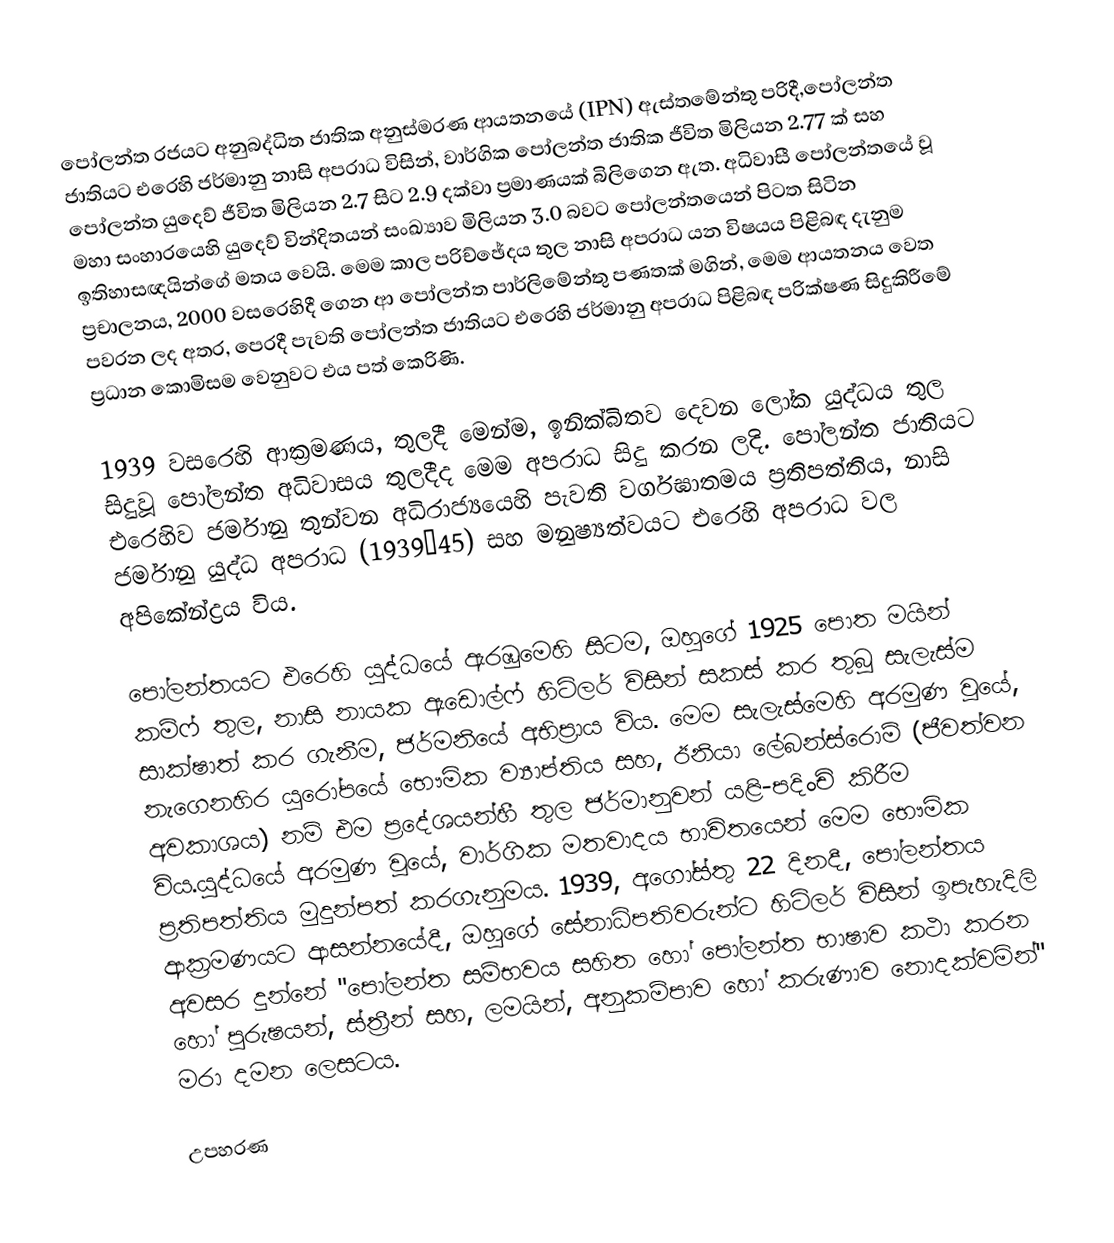
පෝලන්ත රජයට අනුබද්ධිත  ජාතික අනුස්මරණ ආයතනයේ (IPN) ඇස්තමේන්තු පරිදී,පෝලන්ත ජාතියට එරෙහි ජර්මානු නාසි අපරාධ විසින්, වාර්ගික පෝලන්ත ජාතික ජීවිත  මිලියන 2.77 ක්  සහ පෝලන්ත යුදෙව් ජීවිත මිලියන  2.7 සිට 2.9 දක්වා ප්‍රමාණයක් බිලිගෙන ඇත.   අධිවාසී පෝලන්තයේ වූ මහා සංහාරයෙහි යුදෙව් වින්දිතයන් සංඛ්‍යාව මිලියන 3.0 බවට පෝලන්තයෙන් පිටත සිටින ඉතිහාසඥයින්ගේ මතය වෙයි.  මෙම කාල පරිච්ඡේදය තුල නාසි අපරාධ යන විෂයය පිළිබඳ දැනුම ප්‍රචාලනය, 2000 වසරෙහිදී ගෙන ආ පෝලන්ත පාර්ලිමේන්තු පණතක් මගින්, මෙම ආයතනය වෙත පවරන ලද අතර, පෙරදී පැවති පෝලන්ත ජාතියට එරෙහි ජර්මානු අපරාධ පිළිබඳ පරික්ෂණ සිදුකිරීමේ ප්‍රධාන කොමිසම වෙනුවට එය පත් කෙරිණි.

 1939 වසරෙහි ආක්‍රමණය, තුලදී මෙන්ම, ඉනික්බිතව දෙවන ලෝක යුද්ධය තුල සිදුවූ පෝලන්ත අධිවාසය තුලදීද මෙම අපරාධ සිදු කරන ලදි. පෝලන්ත ජාතියට එරෙහිව  ජර්මානු  තුන්වන අධිරාජ්‍යයෙහි පැවති වර්ගඝාතමය ප්‍රතිපත්තිය,  නාසි ජර්මානු යුද්ධ අපරාධ (1939–45) සහ මනුෂ්‍යත්වයට එරෙහි අපරාධ වල අපිකේන්ද්‍රය විය.

පෝලන්තයට එරෙහි යුද්ධයේ ඇරඹුමෙහි සිටම, ඔහුගේ 1925 පොත මයින් කම්ෆ් තුල, නාසි නායක ඇඩොල්ෆ් හිට්ලර් විසින් සකස් කර තුබූ සැලැස්ම සාක්ෂාත් කර ගැනීම, ජර්මනියේ අභිප්‍රාය විය. මෙම සැලැස්මෙහි අරමුණ වූයේ, නැගෙනහිර යුරෝපයේ භෞමික ව්‍යාප්තිය සහ, ඊනියා  ලේබන්ස්රොම් (ජීවත්වන අවකාශය) නම් එම ප්‍රදේශයන්හී තුල ජර්මානුවන් යළි-පදිංචි කිරීම විය.යුද්ධයේ අරමුණ වූයේ, වාර්ගික මතවාදය භාවිතයෙන් මෙම භෞමික ප්‍රතිපත්තිය මුදුන්පත් කරගැනුමය.   1939, අගෝස්තු 22 දිනදී, පෝලන්තය ආක්‍රමණයට ආසන්නයේදී, ඔහුගේ සේනාධිපතිවරුන්ට හිට්ලර් විසින් ඉපැහැදිලි අවසර දුන්නේ "පෝලන්ත සම්භවය සහිත හෝ පෝලන්ත භාෂාව කථා කරන හෝ පුරුෂයන්, ස්ත්‍රීන් සහ, ලමයින්,  අනුකම්පාව හෝ කරුණාව නොදක්වමින්" මරා දමන ලෙසටය.

උපහරණ